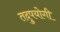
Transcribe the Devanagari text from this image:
तदुपयोगी